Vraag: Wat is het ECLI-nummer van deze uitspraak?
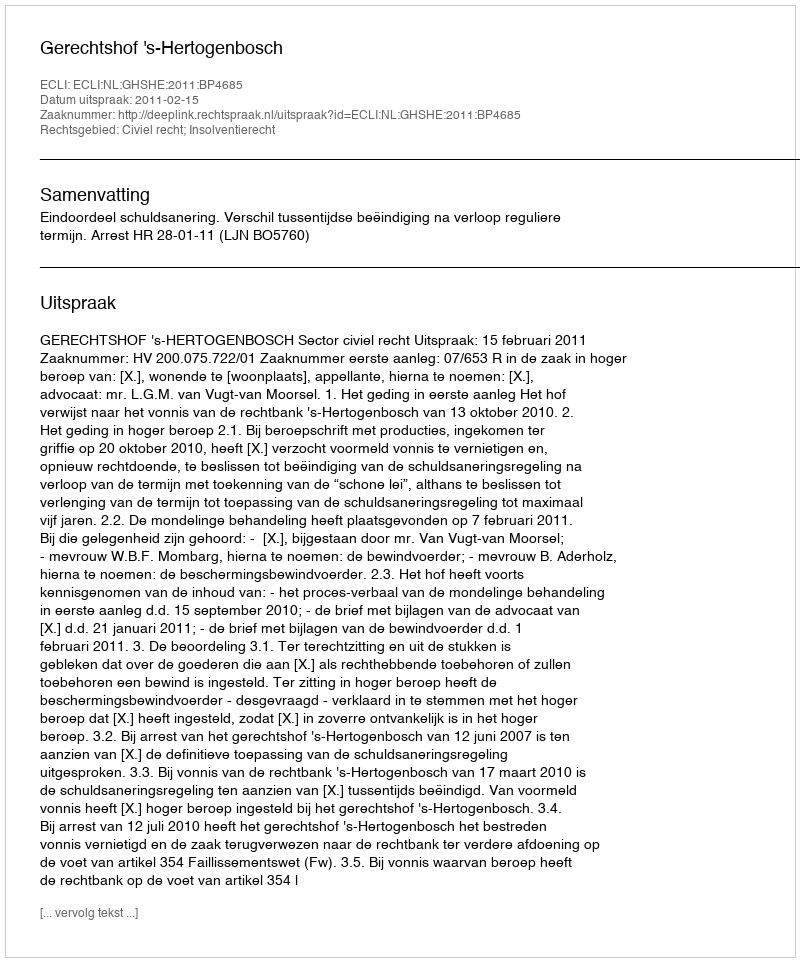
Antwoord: ECLI:NL:GHSHE:2011:BP4685